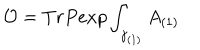
LaTeX: { \cal O } = T r P e x p \int _ { \gamma _ { ( 1 ) } } A _ { ( 1 ) }